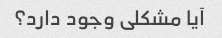
آیا مشکلی وجود دارد؟